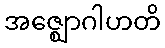
အဇ္ဈောဂါဟတိ